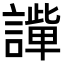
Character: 𧬟